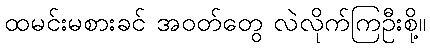
ထမင်းမစားခင် အဝတ်တွေ လဲလိုက်ကြဦးစို့။